Insane asylums in Bengal annual reports 1867-1875 - 1867-1875
Year: 1867
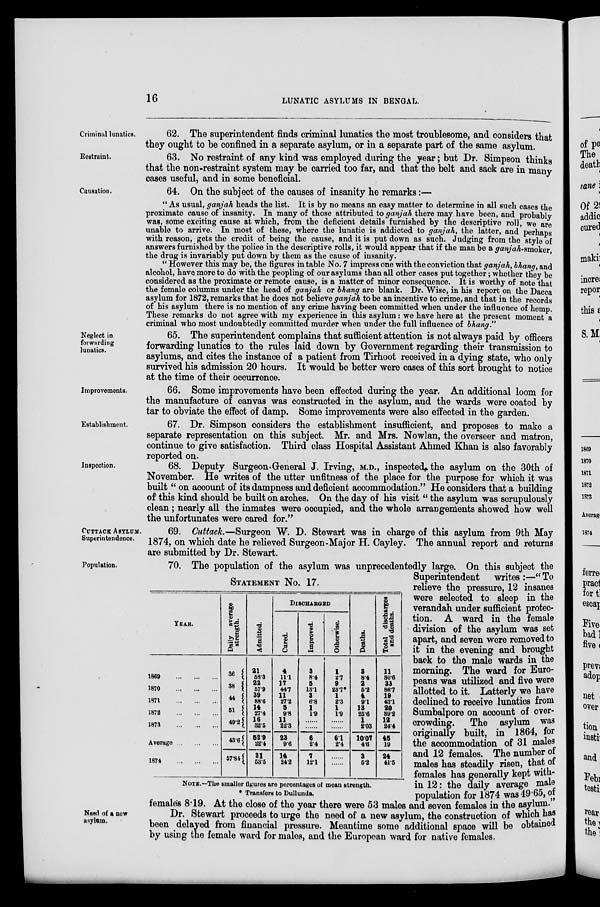
16
LUNATIC ASYLUMS IN BENGAL.
Criminal lunatics.
62. The superintendent finds criminal lunatics the most troublesome, and considers that
they ought to be confined in a separate asylum, or in a separate part of the same asylum.
Restraint.
63. No restraint of any kind was employed during the year; but Dr. Simpson thinks
that the non-restraint system may be carried too far, and that the belt and sack are in many
cases useful, and in some beneficial.
Causation.
64. On the subject of the causes of insanity he remarks:—
" As usual, ganjah heads the list. It is by no means an easy matter to determine in all such cases the
proximate cause of insanity. In many of those attributed to ganjah there may have been, and probably
was, some exciting cause at which, from the deficient details furnished by the descriptive roll, we are
unable to arrive. In most of these, where the lunatic is addicted to ganjah, the latter, and perhaps
with reason, gets the credit of being the cause, and it is put down as such. Judging from the style of
answers furnished by the police in the descriptive rolls, it would appear that if the man be a ganjah-smoker,
the drug is invariably put down by them as the cause of insanity.
" However this may be, the figures in table No. 7 impress one with the conviction that ganjah, bhang, and
alcohol, have more to do with the peopling of our asylums than all other cases put together; whether they be
considered as the proximate or remote cause, is a matter of minor consequence. It is worthy of note that
the female columns under the head of ganjah or bhang are blank. Dr. Wise, in his report on the Dacca
asylum for 1872, remarks that he does not believe ganjah to be an incentive to crime, and that in the records
of his asylum there is no mention of any crime having been committed when under the influence of hemp.
These remarks do not agree with my experience in this asylum: we have here at the present moment a
criminal who most undoubtedly committed murder when under the full influence of bhang."
Neglect in
forwarding
lunatics.
65. The superintendent complains that sufficient attention is not always paid by officers
forwarding lunatics to the rules laid down by Government regarding their transmission to
asylums, and cites the instance of a patient from Tirhoot received in a dying state, who only
survived his admission 20 hours. It would be better were cases of this sort brought to notice
at the time of their occurrence.
Improvements.
66. Some improvements have been effected during the year. An additional loom for
the manufacture of canvas was constructed in the asylum, and the wards were coated by
tar to obviate the effect of damp. Some improvements were also effected in the garden.
Establishment.
67. Dr. Simpson considers the establishment insufficient, and proposes to make a
separate representation on this subject. Mr. and Mrs. Nowlan, the overseer and matron,
continue to give satisfaction. Third class Hospital Assistant Ahmed Khan is also favorably
reported on.
Inspection.
68. Deputy Surgeon General J. Irving, M.D., inspected the asylum on the 30th of
November. He writes of the utter unfitness of the place for the purpose for which it was
built " on account of its dampness and deficient accommodation." He considers that a building
of this kind should be built on arches. On the day of his visit " the asylum was scrupulously
clean; nearly all the inmates were occupied, and the whole arrangements showed how well
the unfortunates were cared for."
CUTTACK ASYLUM.
Superintendence.
69. Cuttack.—Surgeon W. D. Stewart was in charge of this asylum from 9th May
1874, on which date he relieved Surgeon-Major H. Cayley. The annual report and returns
are submitted by Dr. Stewart.
Population.
STATEMENT No. 17.
YEAR.
1869
...
...
...
1870
...
...
...
1871
...
...
...
1872
...
...
...
1873
...
...
...
Average ... ... ...
1874
...
...
...
Daily average
strength.
36
38
44
51
49.2
43.6
57.84
Admitted.
21
58.3
22
57.9
39
88.6
14
27.4
16
32.5
52.9
22.4
31
53.5
DISCHARGED
Cured.
4
11.1
17
44.7
11
27.2
5
9.8
11
22.3
23
9.6
14
24.2
Improved.
3
8.4
5
13.1
3
6.8
1
1.9
......
......
6
2.4
7
12.1
Otherwise.
1
2.7
9
23.7*
1
2.3
1
1.9
......
......
6.1
2.4
......
......
Deaths.
3
8.4
2
5.2
4
9.1
13
25.6
1
2.03
10.07
4.6
3
5.2
Total discharges
and deaths.
11
30.6
33
86.7
19
43.1
20
89.2
12
24.4
45
19
24
41.5
NOTE.—The smaller figures are percentages of mean strength.
* Transfers to Dullunda.
70. The population of the asylum was unprecedentedly large. On this subject the
Superintendent
writes :—" To
relieve the pressure, 12 insanes
were selected to sleep in the
verandah under sufficient protec-
tion. A ward in the female
division of the asylum was set
apart, and seven were removed to
it in the evening and brought
back to the male wards in the
morning. The ward for Euro-
peans was utilized and five were
allotted to it. Latterly we have
declined to receive lunatics from
Sumbalpore on account of over-
crowding. The asylum was
originally built, in 1864, for
the accommodation of 31 males
and 12 females. The number of
males has steadily risen, that of
females has generally kept with-
in 12: the daily average male
population for 1874 was 49.65, of
females 8.19. At the close of the year there were 53 males and seven females in the asylum.
Need of a new
asylum.
Dr. Stewart proceeds to urge the need of a new asylum, the construction of which has
been delayed from financial pressure. Meantime some additional space will be obtained
by using the female ward for males, and the European ward for native females.